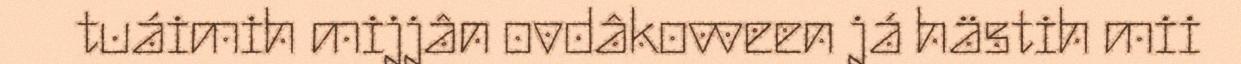
tuáimih mijjân ovdâkovveen já hästih mii